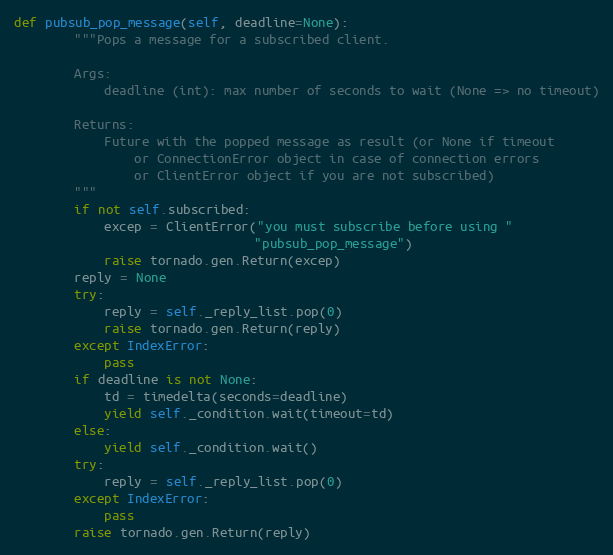
Language: Python
def pubsub_pop_message(self, deadline=None):
        """Pops a message for a subscribed client.

        Args:
            deadline (int): max number of seconds to wait (None => no timeout)

        Returns:
            Future with the popped message as result (or None if timeout
                or ConnectionError object in case of connection errors
                or ClientError object if you are not subscribed)
        """
        if not self.subscribed:
            excep = ClientError("you must subscribe before using "
                                "pubsub_pop_message")
            raise tornado.gen.Return(excep)
        reply = None
        try:
            reply = self._reply_list.pop(0)
            raise tornado.gen.Return(reply)
        except IndexError:
            pass
        if deadline is not None:
            td = timedelta(seconds=deadline)
            yield self._condition.wait(timeout=td)
        else:
            yield self._condition.wait()
        try:
            reply = self._reply_list.pop(0)
        except IndexError:
            pass
        raise tornado.gen.Return(reply)